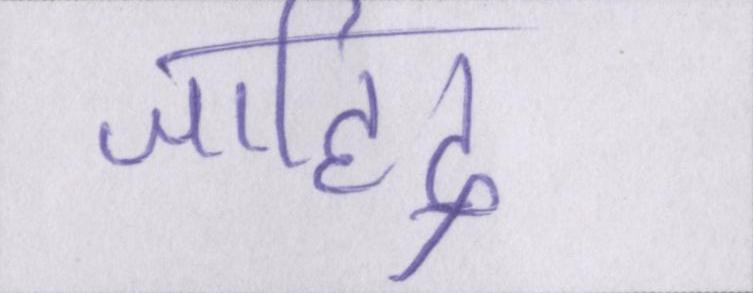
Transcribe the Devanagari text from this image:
जाहिद